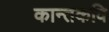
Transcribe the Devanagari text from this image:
कान्तकवि